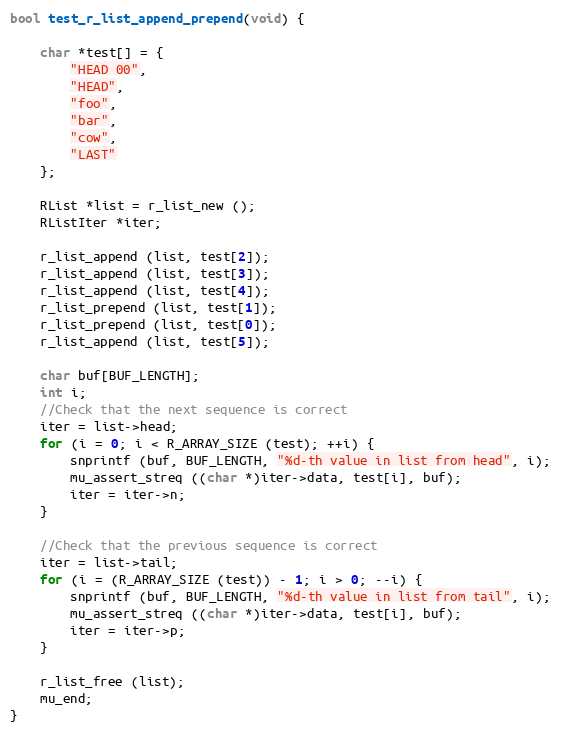
Language: C
bool test_r_list_append_prepend(void) {

	char *test[] = {
		"HEAD 00",
		"HEAD",
		"foo",
		"bar",
		"cow",
		"LAST"
	};

	RList *list = r_list_new ();
	RListIter *iter;

	r_list_append (list, test[2]);
	r_list_append (list, test[3]);
	r_list_append (list, test[4]);
	r_list_prepend (list, test[1]);
	r_list_prepend (list, test[0]);
	r_list_append (list, test[5]);

	char buf[BUF_LENGTH];
	int i;
	//Check that the next sequence is correct
	iter = list->head;
	for (i = 0; i < R_ARRAY_SIZE (test); ++i) {
		snprintf (buf, BUF_LENGTH, "%d-th value in list from head", i);
		mu_assert_streq ((char *)iter->data, test[i], buf);
		iter = iter->n;
	}

	//Check that the previous sequence is correct
	iter = list->tail;
	for (i = (R_ARRAY_SIZE (test)) - 1; i > 0; --i) {
		snprintf (buf, BUF_LENGTH, "%d-th value in list from tail", i);
		mu_assert_streq ((char *)iter->data, test[i], buf);
		iter = iter->p;
	}

	r_list_free (list);
	mu_end;
}